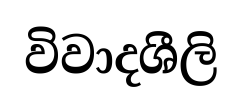
විවාදශීලි